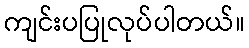
ကျင်းပပြုလုပ်ပါတယ်။